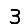
Digit: 3